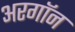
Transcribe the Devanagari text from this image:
अरगॉन